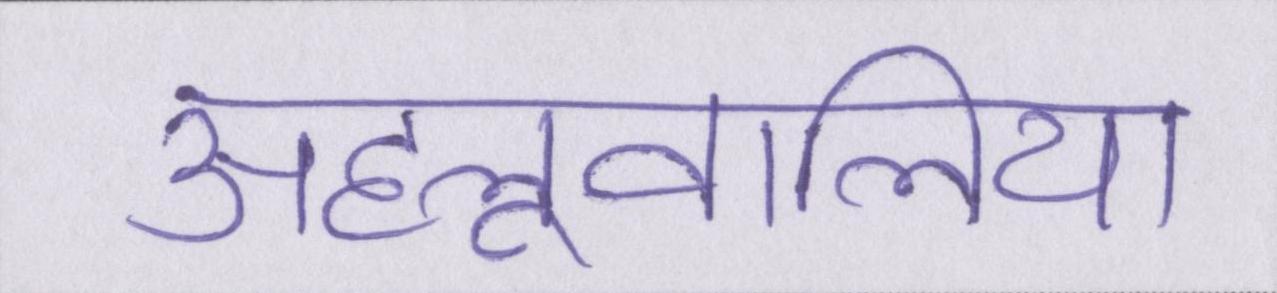
अहलूवालिया